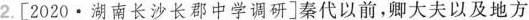
2.[2020·湖南长沙长郡中学调研]秦代以前，卿大夫以及地方